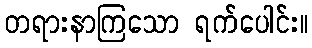
တရားနာကြသော ရက်ပေါင်း။